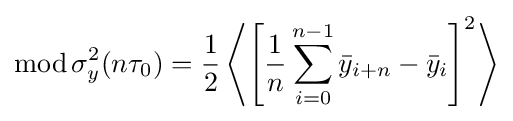
\operatorname {mod} \sigma _{y}^{2}(n\tau _{0})={\frac {1}{2}}\left\langle \left[{\frac {1}{n}}\sum _{i=0}^{n-1}{\bar {y}}_{i+n}-{\bar {y}}_{i}\right]^{2}\right\rangle